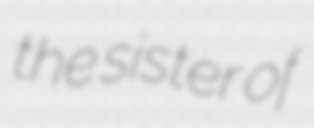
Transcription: the sister of